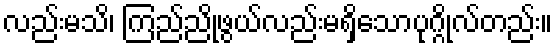
လည်းမသိ၊ ကြည်ညိုဖွယ်လည်းမရှိသောပုဂ္ဂိုလ်တည်း။